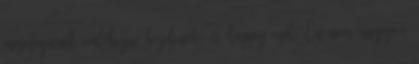
mesefigurák emlékezni kezdenek, és happy end. Én nem nagyon